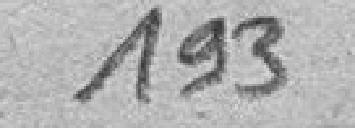
193